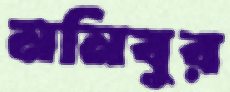
মনিবুর